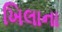
ખિલાના